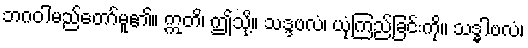
ဘဂဝါမည်တော်မူ၏။ ဣတိ၊ ဤသို့။ သဒ္ဒဗလံ၊ ယုံကြည်ခြင်းကို။ သဒ္ဓါဗလံ၊